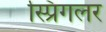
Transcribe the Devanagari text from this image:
स्प्रिंगलर